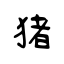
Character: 猪